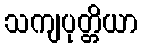
သကျပုတ္တိယာ